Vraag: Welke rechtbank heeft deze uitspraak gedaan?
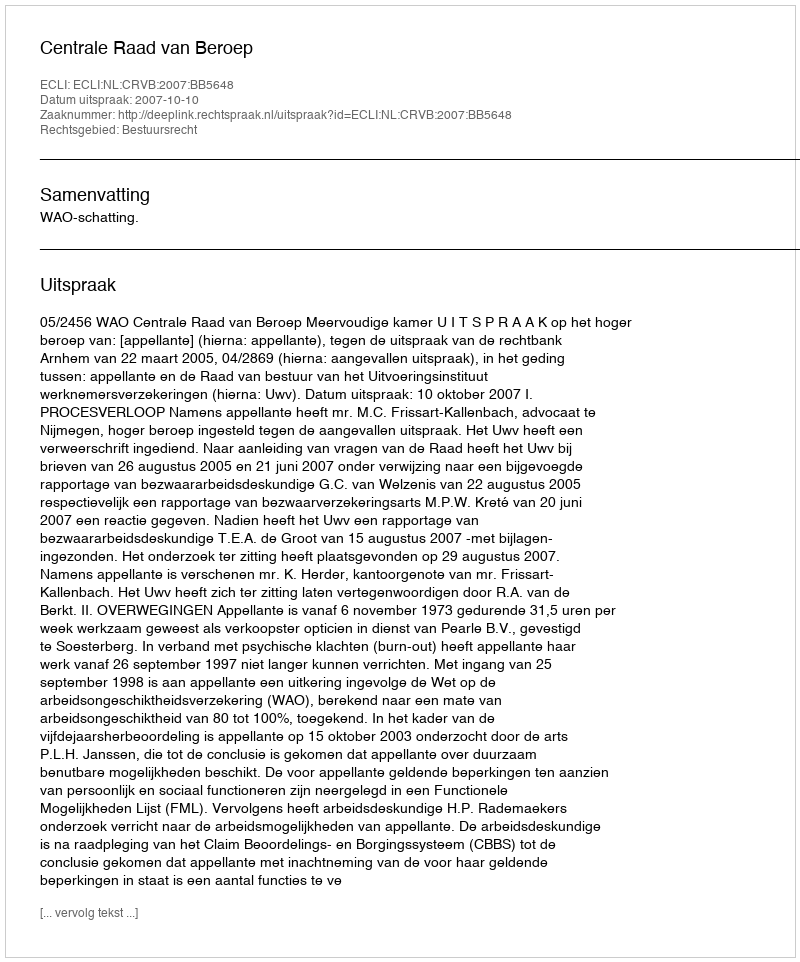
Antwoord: Centrale Raad van Beroep